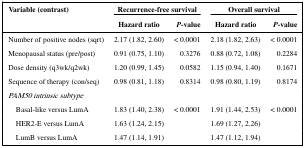
<table><thead><tr><td><b>Variable (contrast)</b></td><td colspan="2"><b>Recurrence-free survival</b></td><td colspan="2"><b>Overall survival</b></td></tr><tr><td></td><td><b>Hazard ratio</b></td><td><b><i>P</i>-value</b></td><td><b>Hazard ratio</b></td><td><b><i>P</i>-value</b></td></tr></thead><tbody><tr><td>Number of positive nodes (sqrt)</td><td>2.17 (1.82, 2.60)</td><td>&lt; 0.0001</td><td>2.18 (1.82, 2.63)</td><td>&lt; 0.0001</td></tr><tr><td>Menopausal status (pre/post)</td><td>0.91 (0.75, 1.10)</td><td>0.3276</td><td>0.88 (0.72, 1.08)</td><td>0.2284</td></tr><tr><td>Dose density (q3wk/q2wk)</td><td>1.20 (0.99, 1.45)</td><td>0.0582</td><td>1.15 (0.94, 1.40)</td><td>0.1671</td></tr><tr><td>Sequence of therapy (con/seq)</td><td>0.98 (0.81, 1.18)</td><td>0.8314</td><td>0.98 (0.80, 1.19)</td><td>0.8174</td></tr><tr><td><i>PAM50 intrinsic subtype</i></td><td></td><td></td><td></td><td></td></tr><tr><td> Basal-like versus LumA</td><td>1.83 (1.40, 2.38)</td><td>&lt; 0.0001</td><td>1.91 (1.44, 2.53)</td><td>&lt; 0.0001</td></tr><tr><td> HER2-E versus LumA</td><td>1.63 (1.24, 2.15)</td><td></td><td>1.69 (1.27, 2.26)</td><td></td></tr><tr><td> LumB versus LumA</td><td>1.47 (1.14, 1.91)</td><td></td><td>1.47 (1.12, 1.94)</td><td></td></tr></tbody></table>